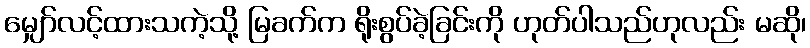
မျှော်လင့်ထားသကဲ့သို့ မြခက်က ရိုးစွပ်ခဲ့ခြင်းကို ဟုတ်ပါသည်ဟုလည်း မဆို၊